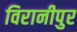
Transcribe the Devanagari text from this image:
विरानीपुर